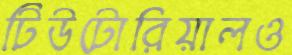
টিউটোরিয়ালও